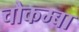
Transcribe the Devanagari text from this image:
चौकम्‍बा